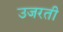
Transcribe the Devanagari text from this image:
उजरती